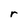
Character: r